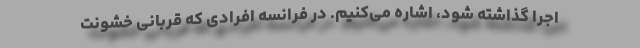
اجرا گذاشته شود، اشاره می‌کنیم. در فرانسه افرادی که قربانی خشونت‌